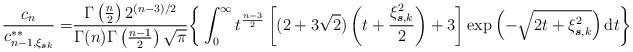
LaTeX: \begin{align*}\frac{c_{n}}{c_{n-1,\xi_{\boldsymbol{s}k}}^{\ast\ast}}=&\frac{\Gamma\left(\frac{n}{2}\right)2^{(n-3)/2}}{\Gamma(n)\Gamma\left(\frac{n-1}{2}\right)\sqrt{\pi}}\bigg\{\int_{0}^{\infty}t^{\frac{n-3}{2}}\left[(2+3\sqrt{2})\left(t+\frac{\xi_{\boldsymbol{s},k}^{2}}{2}\right)+3\right]\exp\left(-\sqrt{2t+\xi_{\boldsymbol{s},k}^{2}}\right)\mathrm{d}t\bigg\}\end{align*}